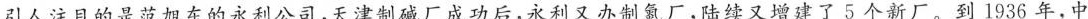
引人注目的是范旭东的永利公司，天津制碱厂成功后，永利又办制氮厂，陆续又增建了5个新厂。到1936年，中